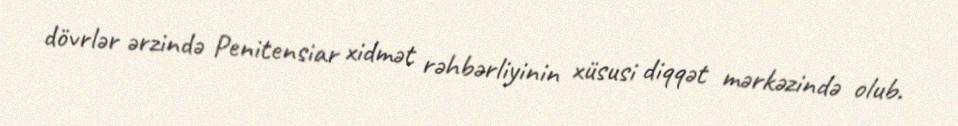
dövrlər ərzində Penitensiar xidmət rəhbərliyinin xüsusi diqqət mərkəzində olub.